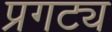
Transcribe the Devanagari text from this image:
प्रगट्य